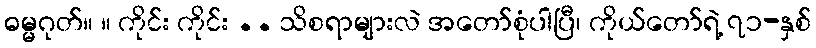
ဓမ္မဂုတ်။ ။ ကိုင်း ကိုင်း .. သိစရာများလဲ အတော်စုံပါပြီ၊ ကိုယ်တော်ရဲ့ ၇၁-နှစ်